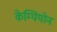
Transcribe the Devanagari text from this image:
केम्पियोन